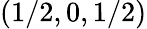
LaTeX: (1/2,0,1/2)